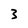
Character: 3